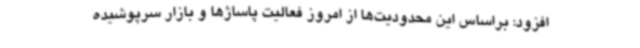
افزود: براساس این محدودیت‌ها از امروز فعالیت پاساژها و بازار سرپوشیده